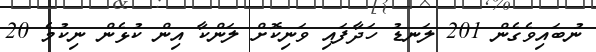
ނުބައިވެގެން 201 ލަނޑު ހަދާފައި ވަނިކޮށް ލަންކާ އިން ކުޅެން ނިކުމެ 20